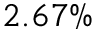
2 . 6 7 \%